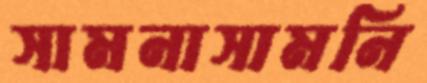
সামনাসামনি